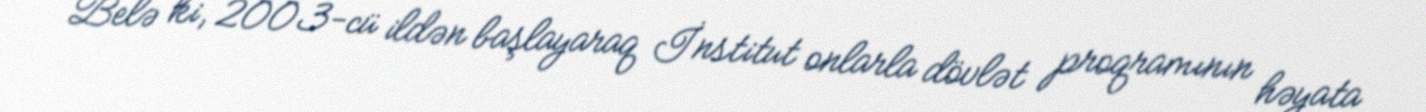
Belə ki, 2003-cü ildən başlayaraq İnstitut onlarla dövlət proqramının həyata